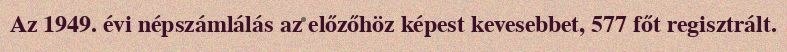
Az 1949. évi népszámlálás az előzőhöz képest kevesebbet, 577 főt regisztrált.